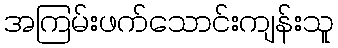
အကြမ်းဖက်သောင်းကျန်းသူ